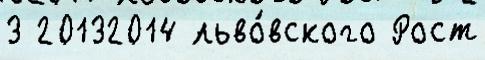
3 20132014 льво́вского Рост